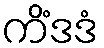
ကိံဒဒံ